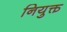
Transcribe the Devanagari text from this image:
नियुक्त